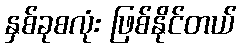
နှစ်ခုစလုံး ဖြစ်နိုင်တယ်